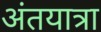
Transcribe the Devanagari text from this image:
अंतयात्रा